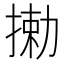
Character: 𫽘